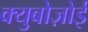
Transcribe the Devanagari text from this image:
क्युबोज़ोई